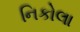
નિકોલા